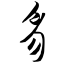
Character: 豸